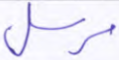
مرسل